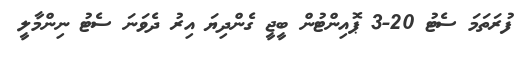
ފުރަތަމަ ސެޓު 20-3 ޕޮއިންޓުން ބީޖީ ގެންދިޔަ އިރު ދެވަނަ ސެޓު ނިންމާލީ